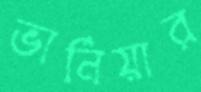
ভার্নিয়ার